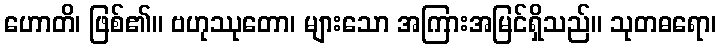
ဟောတိ၊ ဖြစ်၏။ ဗဟုဿုတော၊ များသော အကြားအမြင်ရှိသည်။ သုတဓရော၊